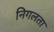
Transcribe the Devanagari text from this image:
निगलता